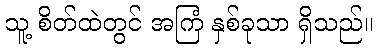
သူ့ စိတ်ထဲတွင် အကြံ နှစ်ခုသာ ရှိသည်။